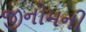
જીનોમની